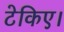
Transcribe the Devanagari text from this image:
टेकिए।